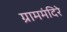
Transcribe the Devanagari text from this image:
ग्राममंदिरे